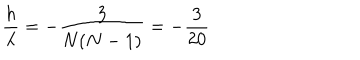
{ \frac { h } { \lambda } } = - { \frac { 3 } { N ( N - 1 ) } } = - { \frac { 3 } { 2 0 } }